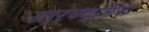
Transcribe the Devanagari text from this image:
अर्र्यथ्मिया